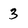
Character: 3